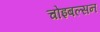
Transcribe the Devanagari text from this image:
चोइबल्सन